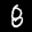
Label: 8